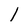
Character: I